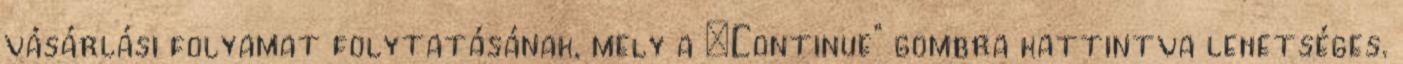
vásárlási folyamat folytatásának, mely a „Continue” gombra kattintva lehetséges.